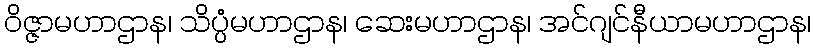
ဝိဇ္ဇာမဟာဌာန၊ သိပ္ပံမဟာဌာန၊ ဆေးမဟာဌာန၊ အင်ဂျင်နီယာမဟာဌာန၊